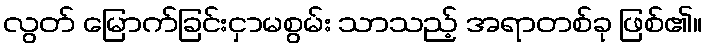
လွတ် မြောက်ခြင်းငှာမစွမ်း သာသည့် အရာတစ်ခု ဖြစ်၏။